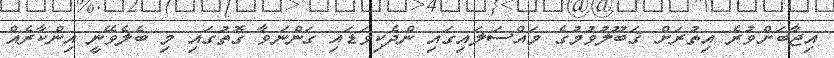
އިޖާބަށްވުރެ އިތުރަށް ޤަބޫލުވުމުގެ މައްސަލައިގައި ންދެކިވަޑައި ގަންނަވާ ގޮތުގައި މި ބެލެވޭނީ އިންކާރެއް